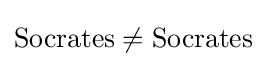
{\text{Socrates}}\neq {\text{Socrates}}